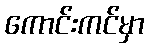
ကောင်းကင်မှာ